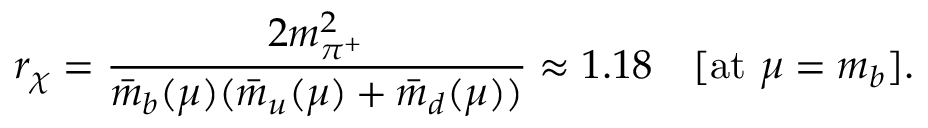
r _ { \chi } = \frac { 2 m _ { \pi ^ { + } } ^ { 2 } } { \bar { m } _ { b } ( \mu ) ( \bar { m } _ { u } ( \mu ) + \bar { m } _ { d } ( \mu ) ) } \approx 1 . 1 8 \quad [ \mathrm { a t ~ } \mu = m _ { b } ] .